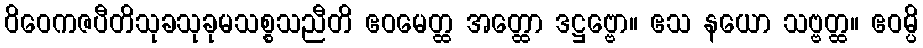
ဝိဝေကဇပီတိသုခသုခုမသစ္စသညီတိ ဧဝမေတ္ထ အတ္ထော ဒဋ္ဌဗ္ဗော။ ဧသ နယော သဗ္ဗတ္ထ။ ဧဝမ္ပိ